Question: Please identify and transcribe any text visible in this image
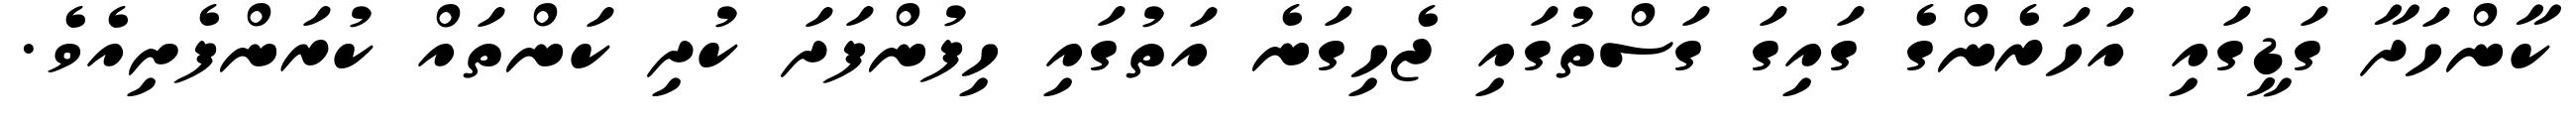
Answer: ކާންހަދާ ގަޑީގައި އަހަރެންގެ ގައިގަ ގަސްތުގައި ޖެހިގަނެ އަތުގައި ހިފުންފަދަ ކުދި ކަންތައް ކުރަންފެށިއެވެ.